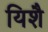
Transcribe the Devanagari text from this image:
यिशै